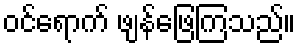
ဝင်ရောက် ဖျန်ဖြေကြသည်။